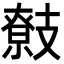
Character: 𢻢